Plague in India, 1896, 1897 - Volume 1
Year: 1896
Disease focus: Plague
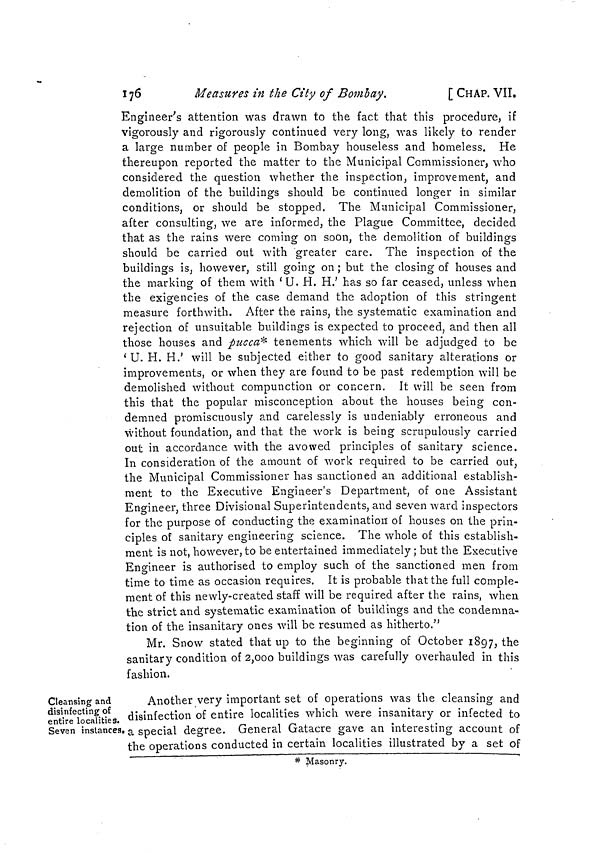
176
Measures in the City of Bombay.
[ CHAP. VII.
Engineer's attention was drawn to the fact that this procedure, if
vigorously and rigorously continued very long, was likely to render
a large number of people in Bombay houseless and homeless. He
thereupon reported the matter to the Municipal Commissioner, who
considered the question whether the inspection, improvement, and
demolition of the buildings should be continued longer in similar
conditions, or should be stopped. The Municipal Commissioner,
after consulting, we are informed, the Plague Committee, decided
that as the rains were coming on soon, the demolition of buildings
should be carried out with greater care. The inspection of the
buildings is, however, still going on ; but the closing of houses and
the marking of them with 'U. H. H.' has so far ceased, unless when
the exigencies of the case demand the adoption of this stringent
measure forthwith. After the rains, the systematic examination and
rejection of unsuitable buildings is expected to proceed, and then all
those houses and pucca* tenements which will be adjudged to be
' U. H. H.' will be subjected either to good sanitary alterations or
improvements, or when they are found to be past redemption will be
demolished without compunction or concern. It will be seen from
this that the popular misconception about the houses being con-
demned promiscuously and carelessly is undeniably erroneous and
without foundation, and that the work is being scrupulously carried
out in accordance with the avowed principles of sanitary science.
In consideration of the amount of work required to be carried out,
the Municipal Commissioner has sanctioned an additional establish-
ment to the Executive Engineer's Department, of one Assistant
Engineer, three Divisional Superintendents, and seven ward inspectors
for the purpose of conducting the examination of houses on the prin-
ciples of sanitary engineering science. The whole of this establish-
ment is not, however, to be entertained immediately ; but the Executive
Engineer is authorised to employ such of the sanctioned men from
time to time as occasion requires. It is probable that the full comple-
ment of this newly-created staff will be required after the rains, when
the strict and systematic examination of buildings and the condemna-
tion of the insanitary ones will be resumed as hitherto."
Mr. Snow stated that up to the beginning of October 1897, the
sanitary condition of 2,000 buildings was carefully overhauled in this
fashion.
Cleansing and
disinfecting of
entire localities.
Seven instances.
Another very important set of operations was the cleansing and
disinfection of entire localities which were insanitary or infected to
• a special degree. General Gatacre gave an interesting account of
the operations conducted in certain localities illustrated by a set of
* Masonry.